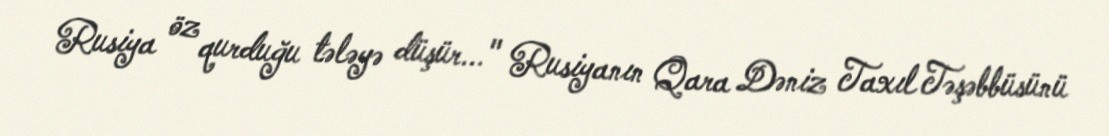
Rusiya öz qurduğu tələyə düşür..." Rusiyanın Qara Dəniz Taxıl Təşəbbüsünü